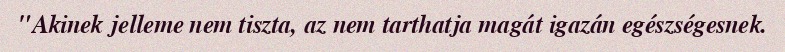
"Akinek jelleme nem tiszta, az nem tarthatja magát igazán egészségesnek.